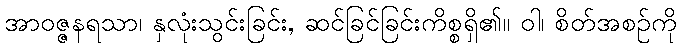
အာဝဇ္ဇနရသာ၊ နှလုံးသွင်းခြင်း, ဆင်ခြင်ခြင်းကိစ္စရှိ၏။ ဝါ၊ စိတ်အစဉ်ကို